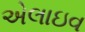
એલાઇવ